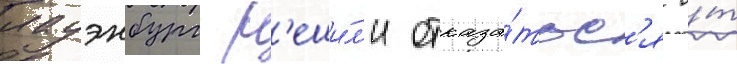
лауэнбург р'еши́л'и отказа́тьс'я о́т